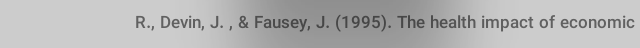
R., Devin, J. , & Fausey, J. (1995). The health impact of economic